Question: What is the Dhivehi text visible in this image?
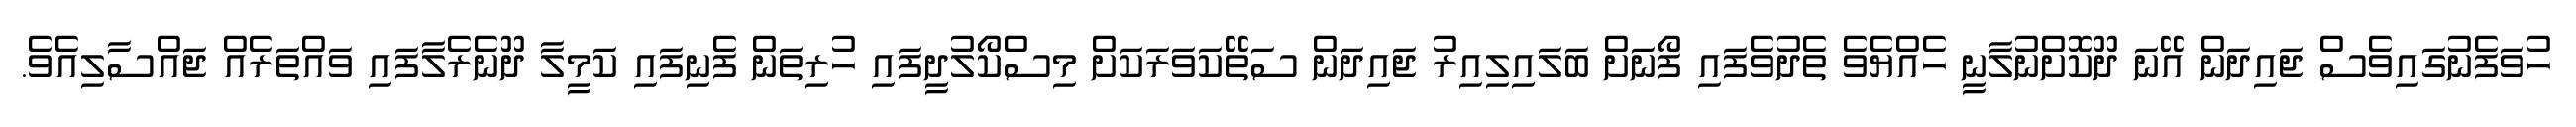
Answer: ހުވަފެނުގައިވެސް ޖައިދަން އޭނަ ދޫކޮށްނުލާނީ ހެއްޔެވެ ތެދުވެފައި ފޯނަށް ބަލައިލިއިރު ޖައިދަން ސަތޭކަވަރަކަށް މިސްކޯލުދީފައި ހުރިތަން ފެނިފައި ކަމީލާ ދޫނެރެލާފައި ވައްތަރެއް ޖައްސާލިއެވެ.